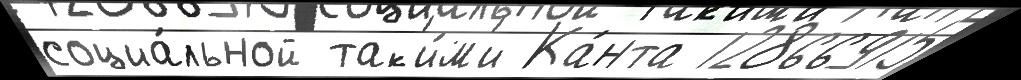
социа́льной так'и́м'и Ка́нта 12866915